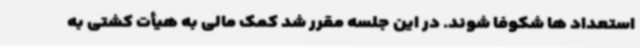
استعداد ها شکوفا شوند. در این جلسه مقرر شد کمک مالی به هیأت کشتی به